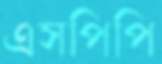
এসপিপি